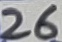
Text: 26